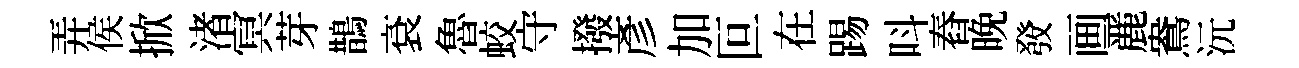
弄侯掀渚㝠芽鵲袞魯蛟守撥彥加叵在踢呌舂晚𤼲画䴡鴦沅